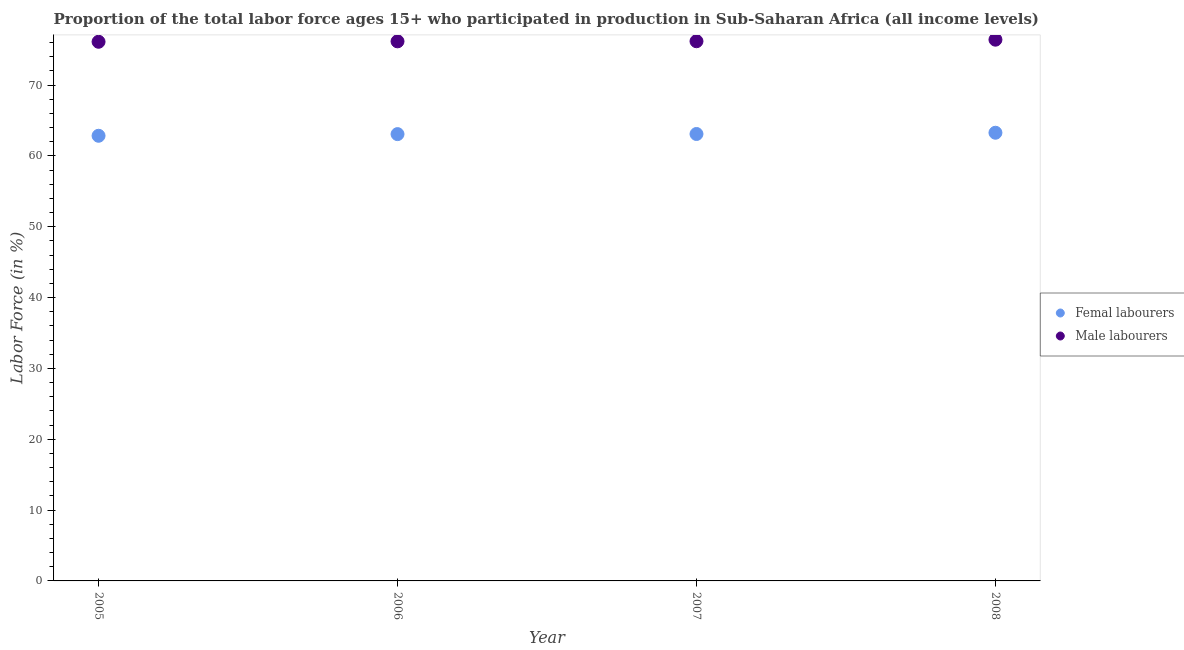
| Year | Femal labourers | Male labourers |
 | --- | --- | --- |
 | 2005 | 62.8 | 76.1 |
 | 2006 | 63.1 | 76.2 |
 | 2007 | 63.1 | 76.2 |
 | 2008 | 63.3 | 76.4 |